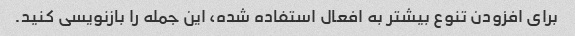
برای افزودن تنوع بیشتر به افعال استفاده شده، این جمله را بازنویسی کنید.